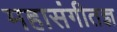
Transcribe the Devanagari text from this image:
महासंगीतज्ञ